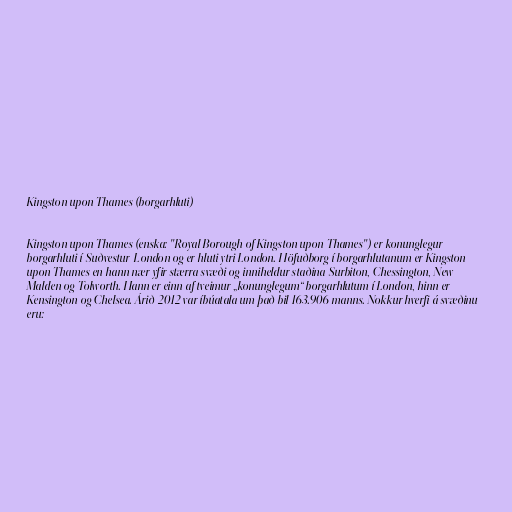
Kingston upon Thames (borgarhluti)

Kingston upon Thames (enska: "Royal Borough of Kingston upon Thames") er konunglegur
borgarhluti í Suðvestur-London og er hluti ytri London. Höfuðborg í borgarhlutanum er Kingston
upon Thames en hann nær yfir stærra svæði og inniheldur staðina Surbiton, Chessington, New
Malden og Tolworth. Hann er einn af tveimur „konunglegum“ borgarhlutum í London, hinn er
Kensington og Chelsea. Árið 2012 var íbúatala um það bil 163.906 manns. Nokkur hverfi á svæðinu
eru: